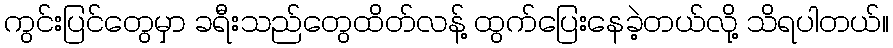
ကွင်းပြင်တွေမှာ ခရီးသည်တွေထိတ်လန့် ထွက်ပြေးနေခဲ့တယ်လို့ သိရပါတယ်။